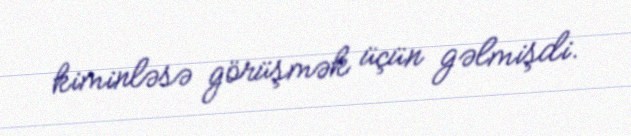
kiminləsə görüşmək üçün gəlmişdi.